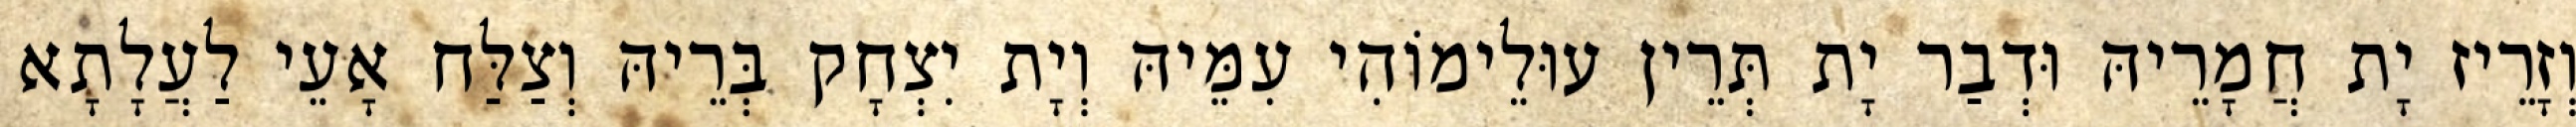
וְזָרֵיז יָת חֲמָרֵיהּ וּדְבַר יָת תְּרֵין עוּלֵימוֹהִי עִמֵּיהּ וְיָת יִצְחָק בְּרֵיהּ וְצַלַּח אָעֵי לַעֲלָתָא